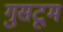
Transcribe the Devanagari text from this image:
गुसटूम